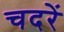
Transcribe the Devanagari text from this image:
चदरें